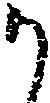
か